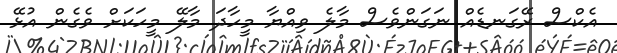
އެކްސް ރޭގަނޑެއް ނަގަންވެސް މާލެ ވިއްޔާ މީހާދަ މާލޭ މީހަކަށް ވެގެން އުޅޭ